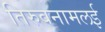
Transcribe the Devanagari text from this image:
तिरुवनामलई